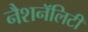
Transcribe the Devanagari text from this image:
नैशनॅलिटी